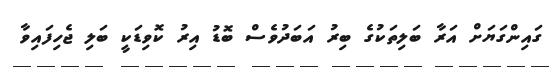
ގައިންގަޔަށް އަރާ ބަލިތަކުގެ ބިރު އަބަދުވެސް ބޮޑު އިރު ކޮވިޑަކީ ބަލި ޖެހިފައިވާ